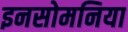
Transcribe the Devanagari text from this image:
इनसोमनिया